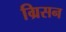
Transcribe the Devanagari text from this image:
ग्रिसन